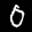
Label: 0